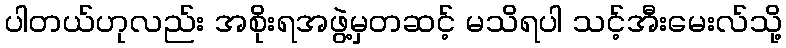
ပါတယ်ဟုလည်း အစိုးရအဖွဲ့မှတဆင့် မသိရပါ သင့်အီးမေးလ်သို့